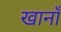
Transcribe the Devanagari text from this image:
खानाँ